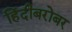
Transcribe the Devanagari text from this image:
हिंदीबरोबर